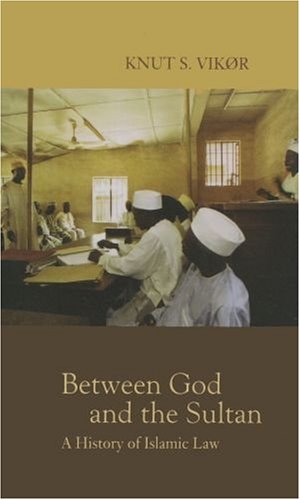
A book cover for Between God and the Sultan: A History of Islamic Law; Knut S. VikÃ¸r; Religion & Spirituality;